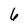
Character: 6